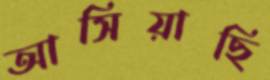
আসিয়াছি